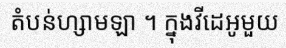
តំបន់ហ្សាមឡា ។ ក្នុងវីដេអូមួយ